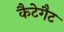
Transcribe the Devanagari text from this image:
कैटेगैट